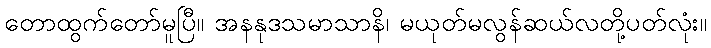
တောထွက်တော်မူပြီ။ အနနုဒသမာသာနိ၊ မယုတ်မလွန်ဆယ်လတို့ပတ်လုံး။